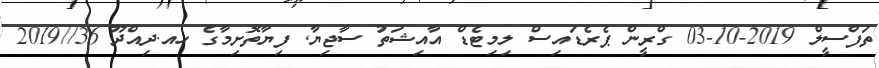
ތަފްސީލް 2019-10-03 ގްރީން ޕެރެޑައިސް ލިމިޓެޑް އާއިޝަތު ސާޖިޔާ